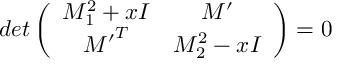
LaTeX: d e t \left( \begin{array} { c c } { { { \cal M } _ { 1 } ^ { 2 } + x I } } & { { { \cal M ^ { \prime } } } } \\ { { { \cal M ^ { \prime } } ^ { T } } } & { { { \cal M } _ { 2 } ^ { 2 } - x I } } \end{array} \right) = 0